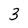
Character: 3